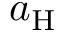
a _ { \mathrm { H } }